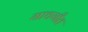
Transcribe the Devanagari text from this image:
गाथगीत